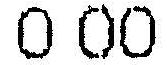
0.00